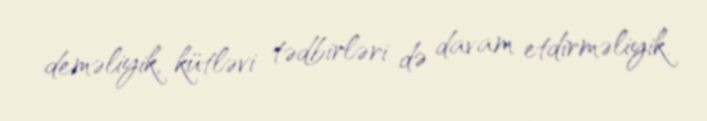
deməliyik, kütləvi tədbirləri də davam etdirməliyik.